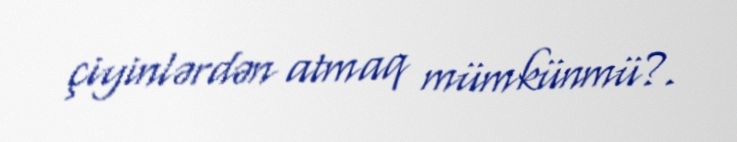
çiyinlərdən atmaq mümkünmü?.